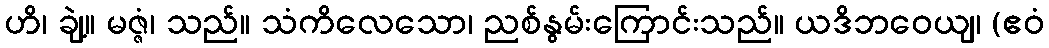
ဟိ၊ ချဲ့။ မဇ္ဇံ၊ သည်။ သံကိလေသော၊ ညစ်နွမ်းကြောင်းသည်။ ယဒိဘဝေယျ၊ (ဧဝံ